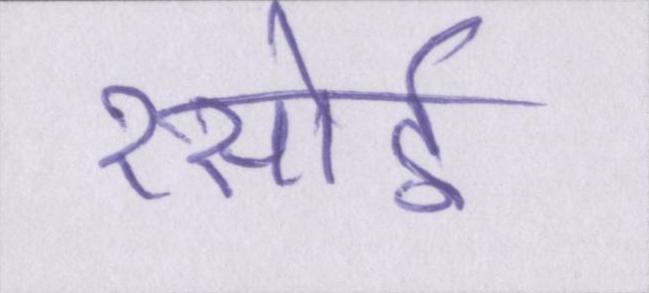
रसोई